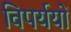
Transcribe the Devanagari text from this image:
विपर्ययों